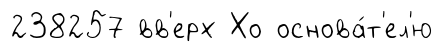
238257 вв'ерх Хо основа́т'ел'ю